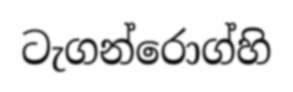
ටැගන්රොග්හි